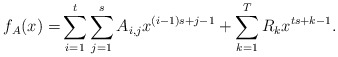
\begin{align*}f_A(x) = & \sum_{i=1}^t\sum_{j=1}^s A_{i,j}x^{(i-1)s+j-1} + \sum_{k=1}^{T} R_kx^{ts+k-1}.\end{align*}